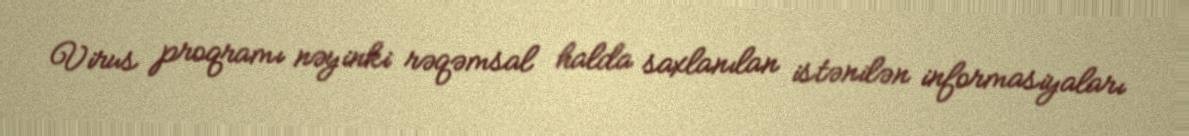
Virus proqramı nəyinki rəqəmsal halda saxlanılan istənilən informasiyaları